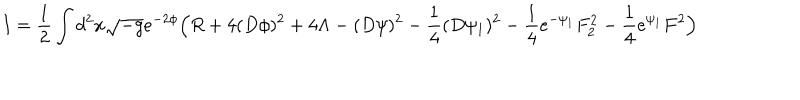
LaTeX: I = \frac { 1 } { 2 } \int d ^ { 2 } x \sqrt { - g } e ^ { - 2 \phi } \Big ( R + 4 ( D \phi ) ^ { 2 } + 4 \Lambda - ( D \psi ) ^ { 2 } - \frac { 1 } { 4 } ( D \psi _ { 1 } ) ^ { 2 } - \frac { 1 } { 4 } e ^ { - \psi _ { 1 } } F _ { 2 } ^ { 2 } - \frac { 1 } { 4 } e ^ { \psi _ { 1 } } F ^ { 2 } \Big )